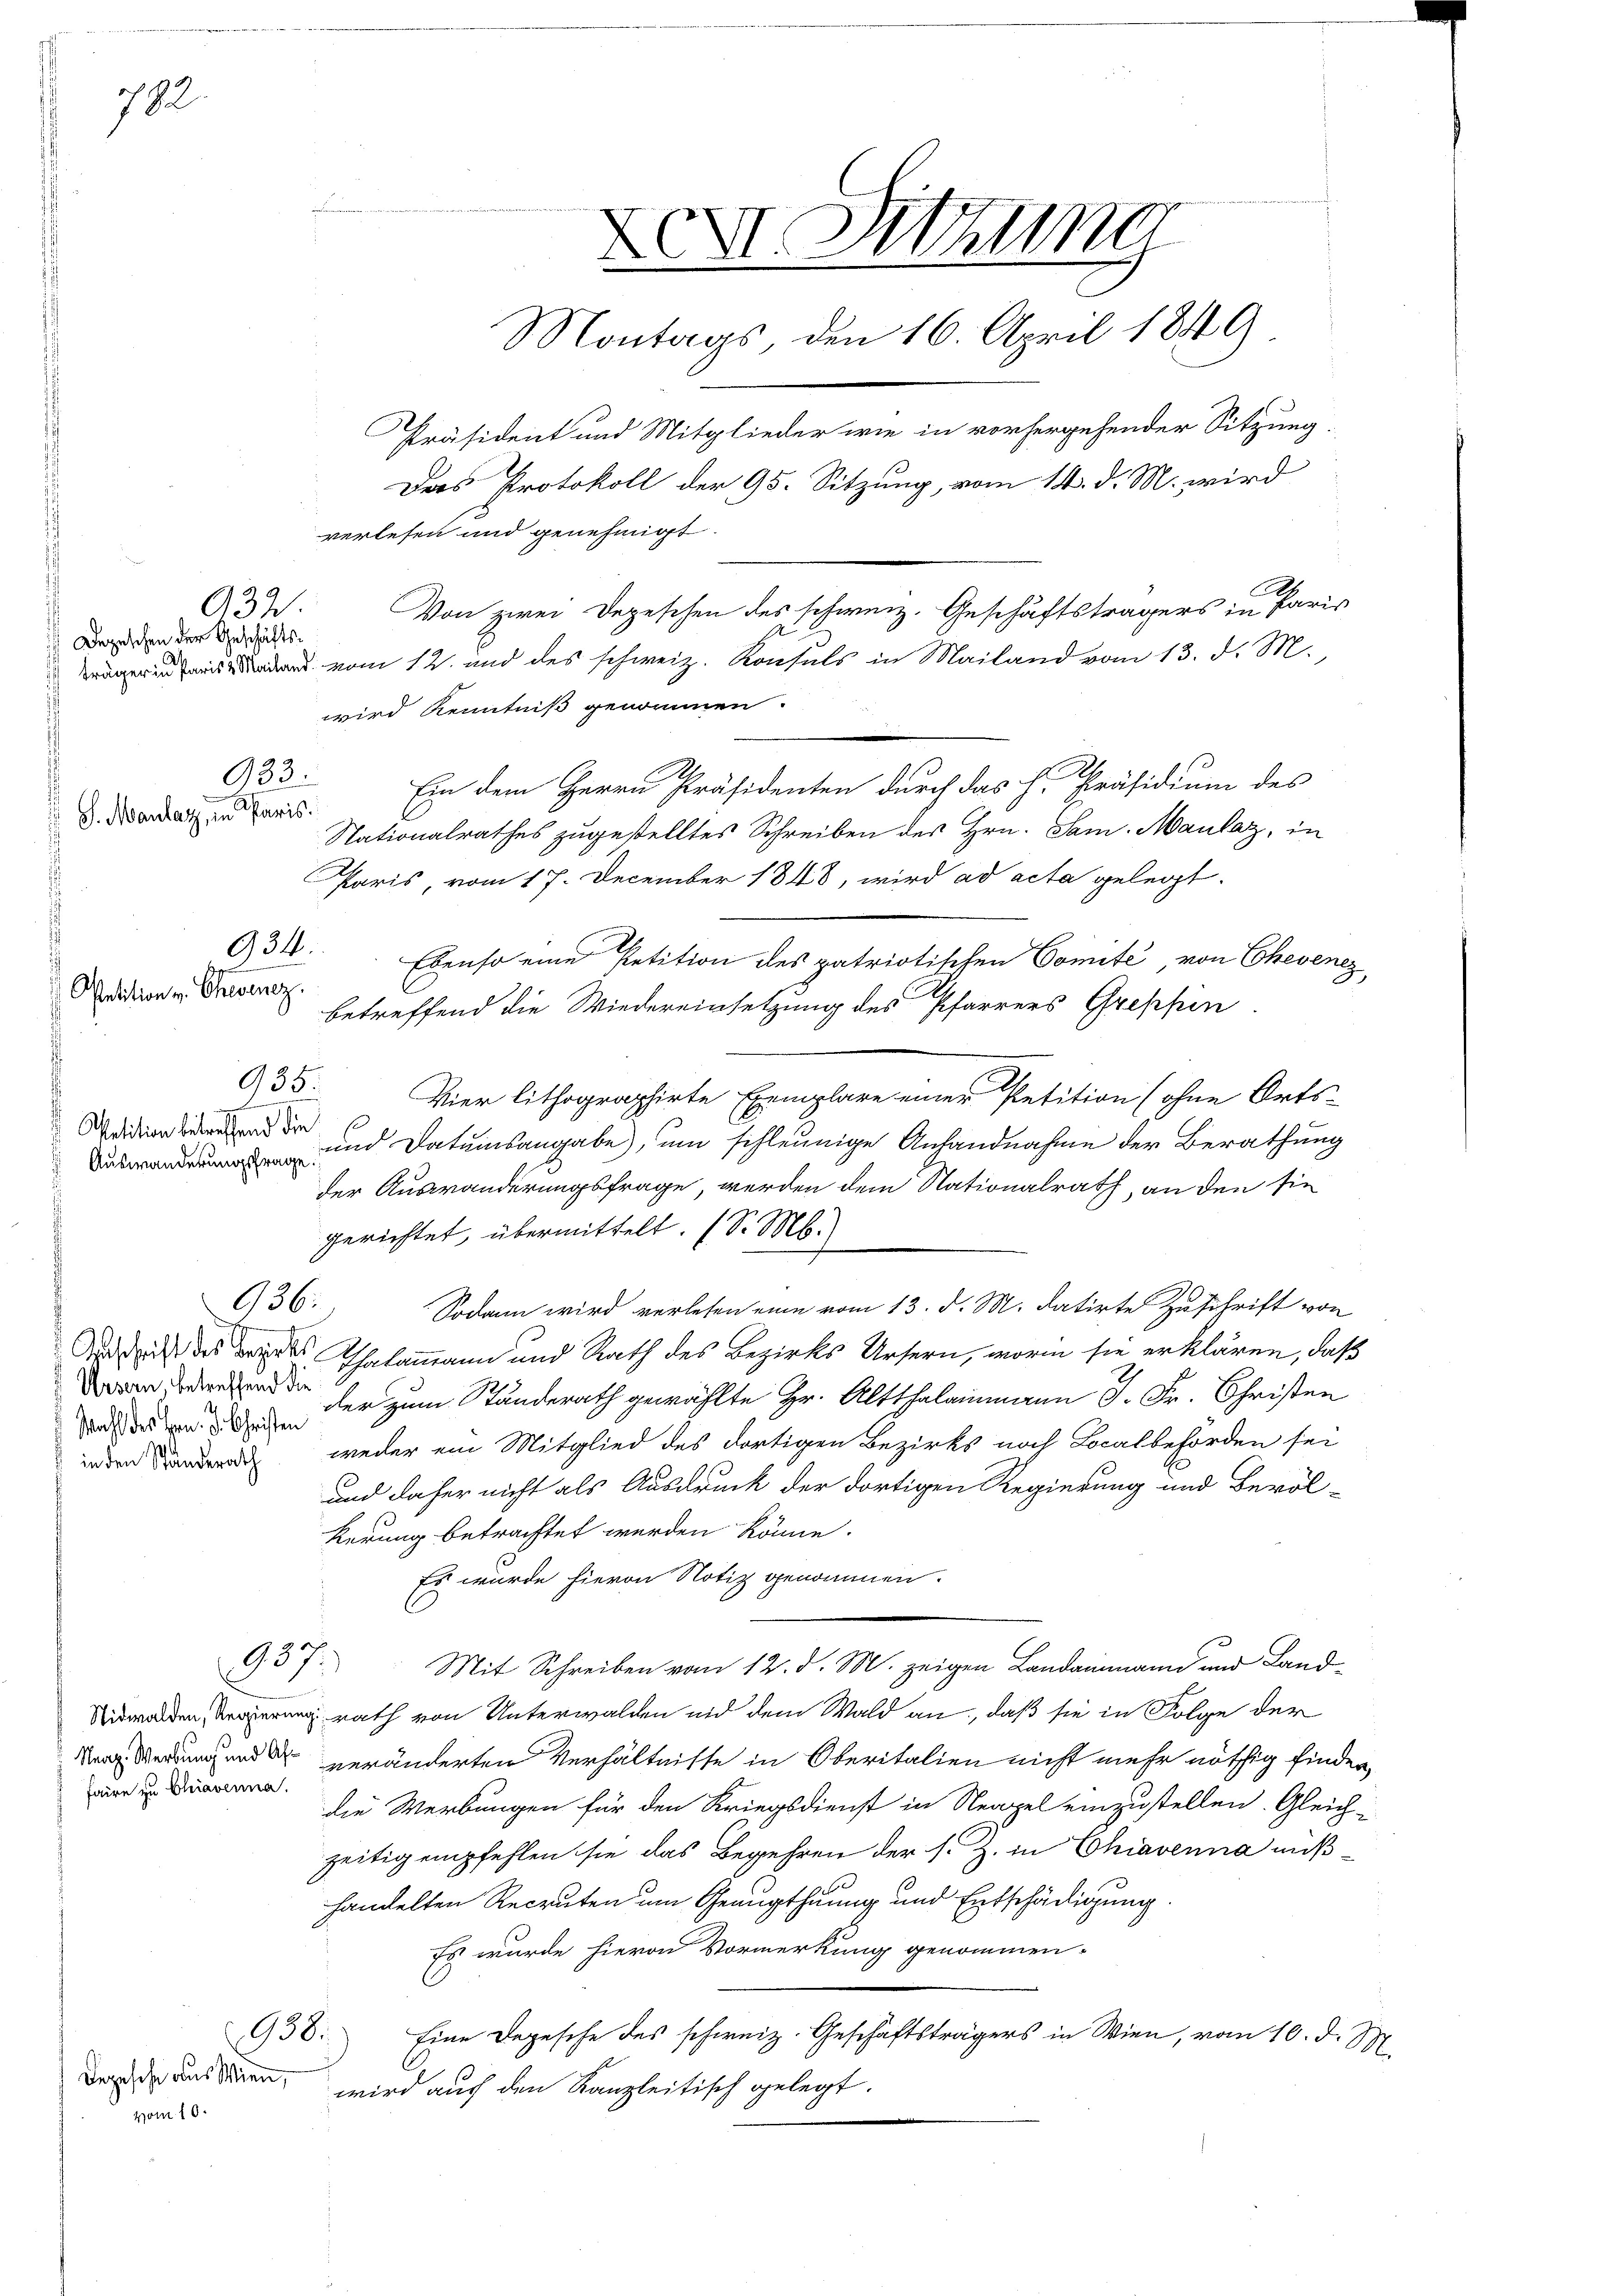
782.

932
Depeschen der Geschäfts¬

S. Mandarz, in Paris.

933.

934.

Petition v. Chevenez.

e
Petition betreffend die
Auswanderungsfrage

935.

936:

Wahl des Hrn. J. Christen
in den Standerath

937.

faire zu Chiaverna.

Depesche aus Wien,
vom 10.

936.

Ein dem Herrn Präsidenten durch das H. Präsidium des
Nationalrathes zugestelltes Schreiben des Hrn. Sam. Maulaz, in
Paris, vom 17. December 1848, wird ad acta gelegt.
Ebenso eine Petition des patriotischen Comité, von Chevenez
betreffend die Wiedereinsetzung des Pfarrers Grepfin
Vier lithographirte Exemplare einer Petition (ohne Orts-
und Datumsangabe), um schleunige Anhandnahme der Berathung
der Auswanderungsfrage, werden dem Nationalrath, an den sie
gerichtet, übermittelt. (S. M.)
Sodann wird verlesen eine vom 13. d. M. datirte Zuschrift von
Dedich des des Thalammann und Rath des Bezirks Ursern, worin sie erklären, daß
 de der zum Standerath gewählte Hr. Altthalammann J. Fr. Christen
weder ein Mitglied des dortigen Bezirks noch Localbehörden sei
und daher nicht als Ausdruck der dortigen Regierung und Bevöl-
kerung betrachtet werden könne.
Es wurde hievon Notiz genommen.
Mit Schreiben vom 12. d. M. zeigen Landammann und Landnerrath von Unterwalden und dem Wald an, daß sie in Folge der
Narg. Werdung und der veränderten Verhältnisse in Oberitalien nicht mehr nöthig finder
die Werbungen für den Kriegsdienst in Neapel einzustellen. Gleich-
zeitig empfehlen sie das Begehren der s. Z. in Chiavenna mußhandelten Recruten um Genugthuung und Entschädigung
Es wurde hievon Vormerkung genommen-
Eine Depesche des schweiz. Geschäftsträgers in Wien, vom 10. d. Sp
wird auf den Kanzleitisch gelegt.

XXI. Utting
Montags, den 16. April 1849
Präsident und Mitglieder wie in vorhergehender Sitzung.
Des Protokoll der 95. Sitzung, vom 14. d. M. wird
verlesen und genehmigt.
Von zwei Depeschen des schweiz. Geschäftsträgers in Paris
 vom 12. und des schweiz. Konsuls in Mailand vom 13. d. M.,
wird Kenntniß genommen.

.